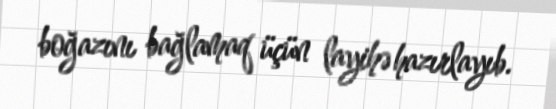
boğazını bağlamaq üçün layihə hazırlayıb.